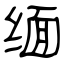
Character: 缅